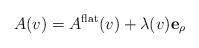
LaTeX: \begin{align*}A(v) = A^{\rm flat}(v)+\lambda(v)\mathbf{e}_\rho\end{align*}